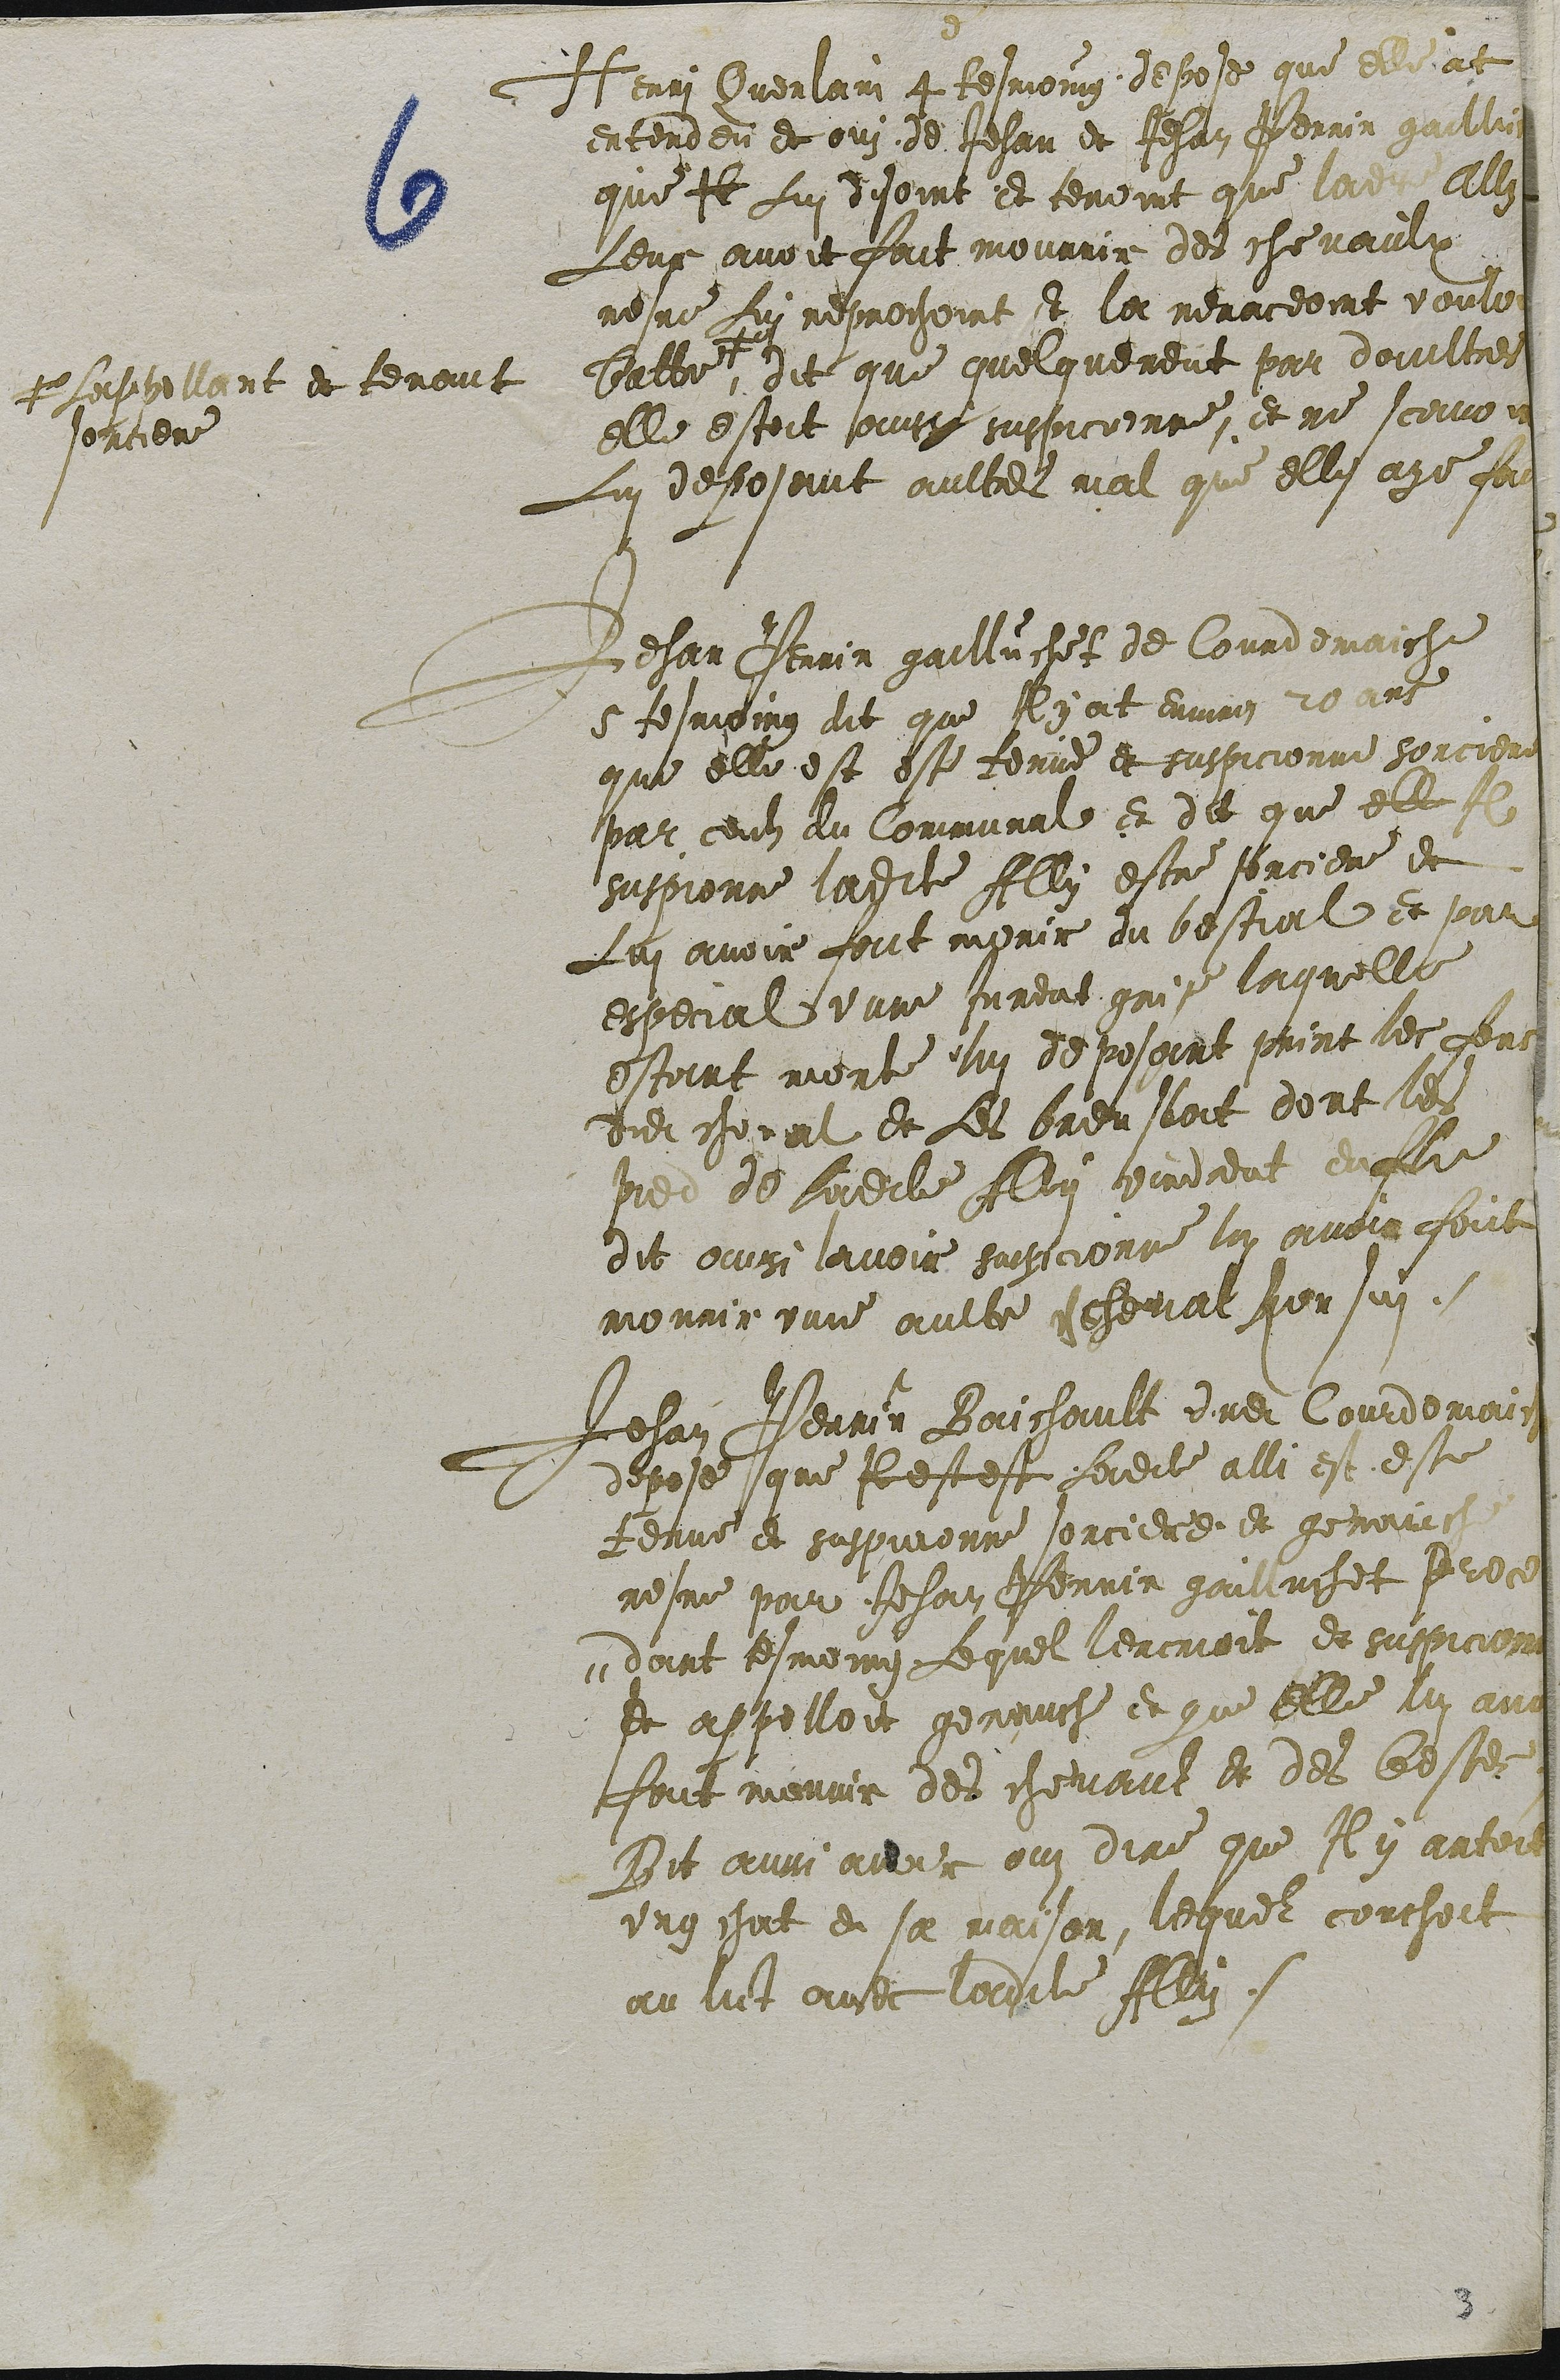
Henri Querlain 4 tesmoing depose que elle at
entendeu et ouy de Jehan et Jehan Perrin gailluchet
que Il Lui disoint et tenoint que ladite Ally
Leur avoit fait mourrir des chevaulx
mesme Lui reprochoint et la menaceoint vouloir
battre +0,
+0 Lappellant et tenant
sorciere
dit que quelquement par daultres
elle estoit aussi suspicionne. et ne scavoir
Lui deposant aultres mal que elle aye fait
Jehan Perrin gailluchet de Courdemaiche
5 tesmoing dit que Il y at environ 20 ans
que elle est este tenue et suspicionne sorciere
par ceuls du Communal et dit que elle Il
suspionne ladite Ally estre sorciere et
Lui avoir fait morir du bestial et par
especial unne Jument grise laquelle
estant morte lui deposant print les fers
dudit cheval et Les breusloit dont les
pied de ladite Ally vindrent enfle
dit aussi lavoir suspicionne lui avoir fait
mourir unne aultre ch cheval Ronsin.
Jehan Perrin Baichault dudit Courdemaiche
depose que Il est este Ladite alli est este
tenue et suspicionne sorciere et genauche
mesme par Jehan Perrin gailluchet prece
-dant tesmoing Lequel lencrioit et suspicionoit
et appelloit genauche et que elle lui avoit
fait mourir des chevaul et des bestes.
Dit aussi avoir oui dire que Il y antoit
ung chat en sa maison, lequel couchoit
au lict avec ladite Ally.

3